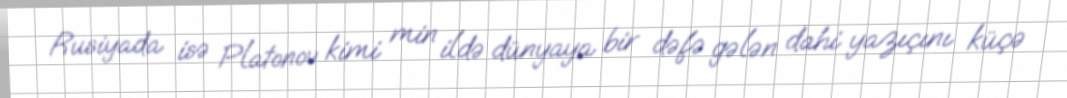
Rusiyada isə Platonov kimi min ildə dünyaya bir dəfə gələn dahi yazıçını küçə